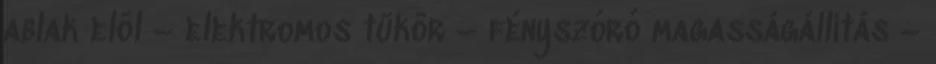
ablak elöl – elektromos tükör – fényszóró magasságállítás –